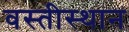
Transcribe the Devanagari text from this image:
वस्तीस्थान